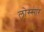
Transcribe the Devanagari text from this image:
लोस्सार